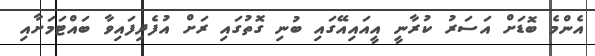
އެންމެ ބޮޑަށް އަސަރު ކުރާނީ އީއައިއޭގައި ބުނި ގޮތުގައި ރަށް އުފެދިފައިވާ ބައްޓަމަށާއި